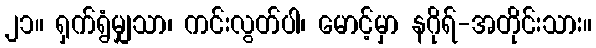
၂၁။ ရှက်ရွံမျှသာ၊ ကင်းလွတ်ပါ၊ မောင့်မှာ နဂိုရ်-အတိုင်းသား။